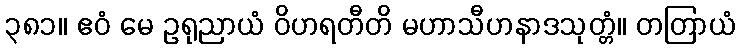
၃၈၁။ ဧဝံ မေ ဥရုညာယံ ဝိဟရတီတိ မဟာသီဟနာဒသုတ္တံ။ တတြာယံ